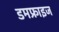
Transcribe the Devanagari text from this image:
डमफ्राइज